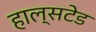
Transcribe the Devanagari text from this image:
हाल्सटेड